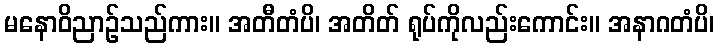
မနောဝိညာဉ်သည်ကား။ အတီတံပိ၊ အတိတ် ရုပ်ကိုလည်းကောင်း။ အနာဂတံပိ၊